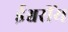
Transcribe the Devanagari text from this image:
ईश्वरींय